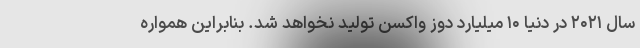
سال ۲۰۲۱ در دنیا ۱۰ میلیارد دوز واکسن تولید نخواهد شد. بنابراین همواره